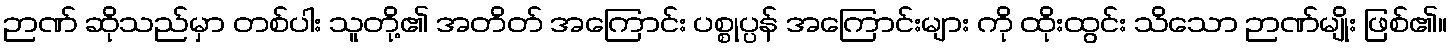
ဉာဏ် ဆိုသည်မှာ တစ်ပါး သူတို့၏ အတိတ် အကြောင်း ပစ္စုပ္ပန် အကြောင်းများ ကို ထိုးထွင်း သိသော ဉာဏ်မျိုး ဖြစ်၏။